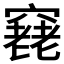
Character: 𥨔